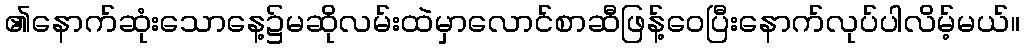
၏နောက်ဆုံးသောနေ့၌မဆိုလမ်းထဲမှာလောင်စာဆီဖြန့်ဝေပြီးနောက်လုပ်ပါလိမ့်မယ်။